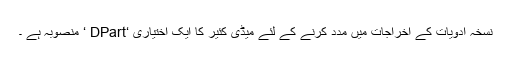
نسخہ ادویات کے اخراجات میں مدد کرنے کے لئے میڈی کئیر کا ایک اختیاری ‘DPart ‘ منصوبہ ہے ۔